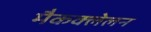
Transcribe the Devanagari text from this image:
मैकक्लेलन